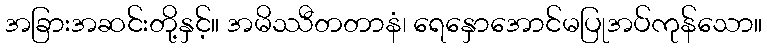
အခြားအဆင်းတို့နှင့်။ အမိဿီတတာနံ၊ ရေနှောအောင်မပြုအပ်ကုန်သော။